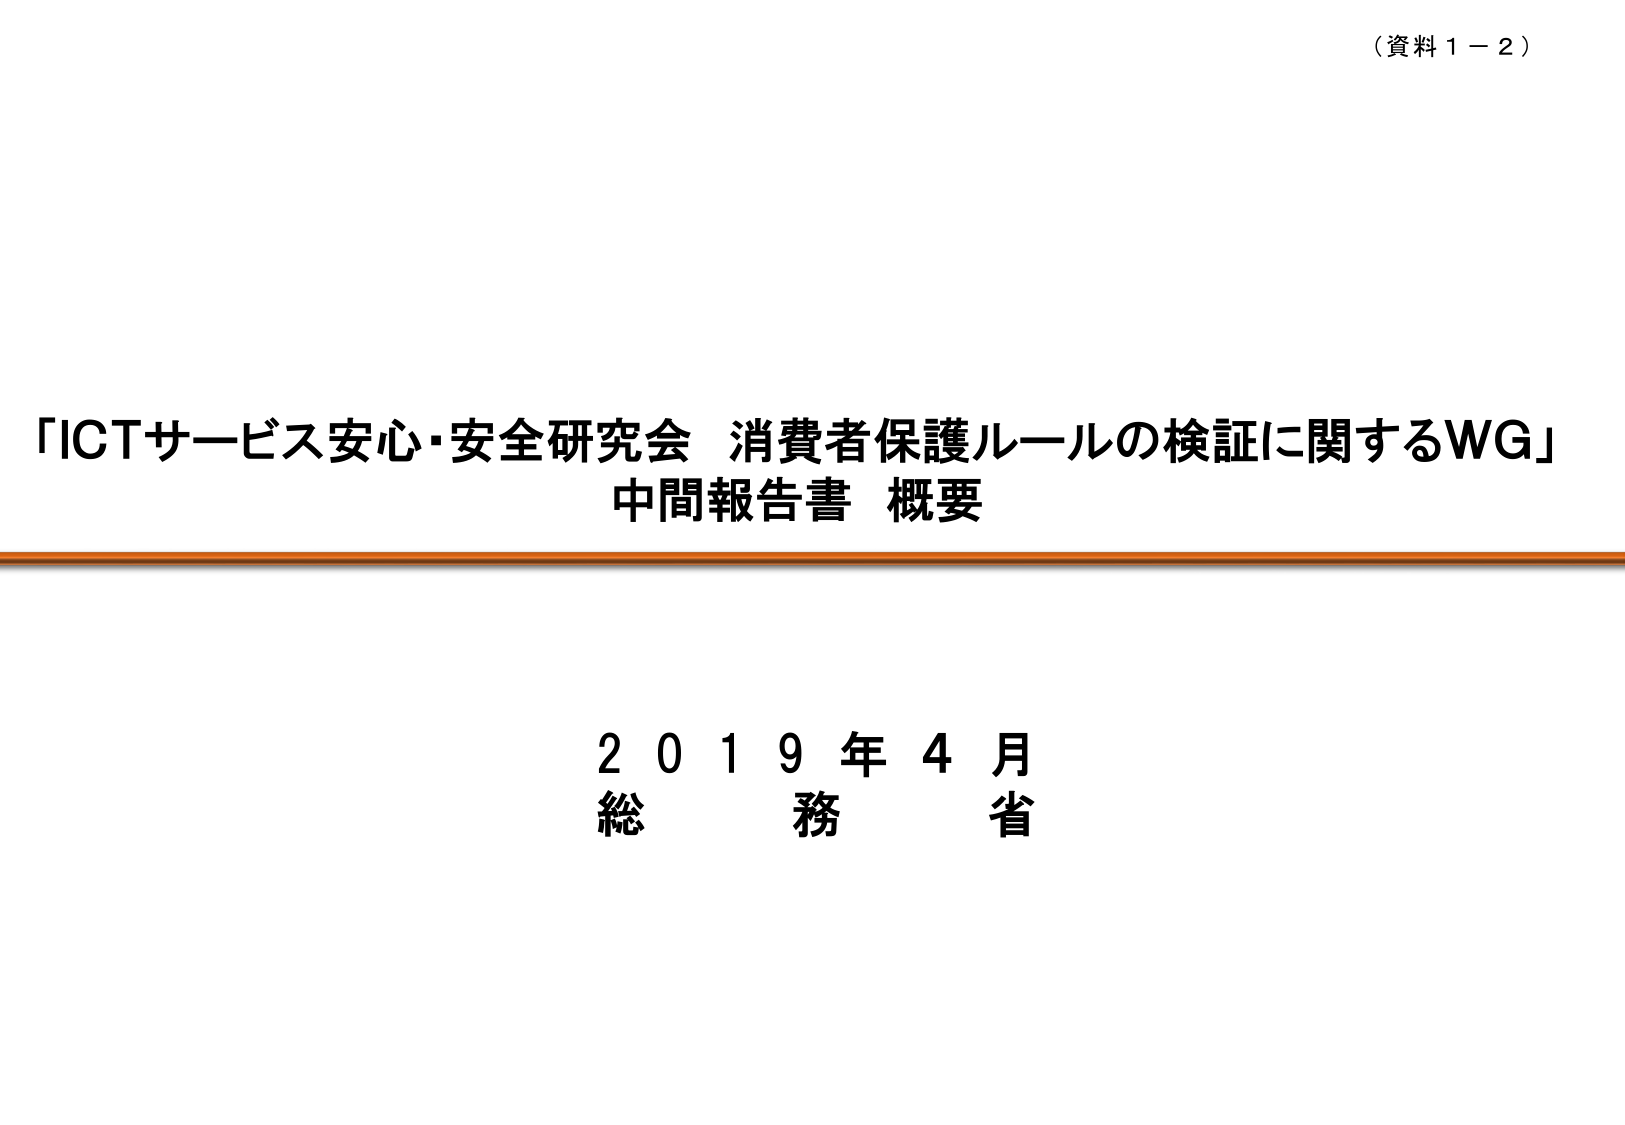
（資料１－２）

「ICTサービス安心・安全研究会 消費者保護ルールの検証に関するWG」
中間報告書 概要

２０１９年４月
総務省